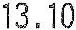
13.10